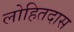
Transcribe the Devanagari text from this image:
लोहितदास